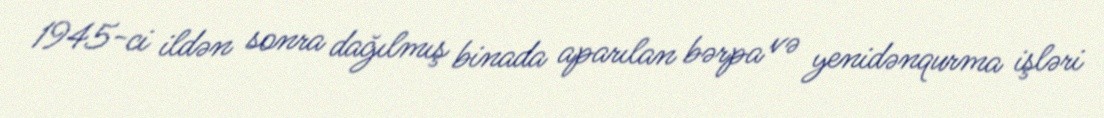
1945-ci ildən sonra dağılmış binada aparılan bərpa və yenidənqurma işləri